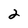
Character: 2